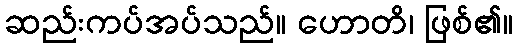
ဆည်းကပ်အပ်သည်။ ဟောတိ၊ ဖြစ်၏။